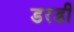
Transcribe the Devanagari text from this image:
डरडी